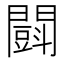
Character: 𨶜